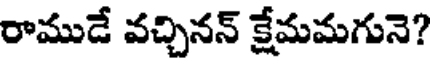
రాముడే వచ్చినన్ క్షేమమగునె?